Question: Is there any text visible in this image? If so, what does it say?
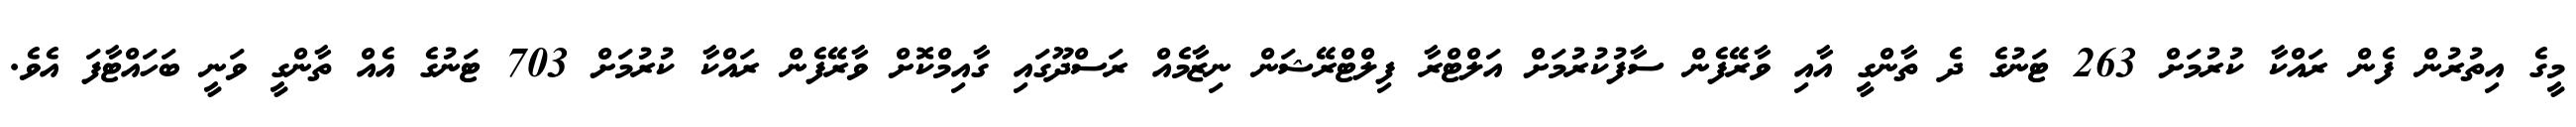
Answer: މީގެ އިތުރުން ފެން ރައްކާ ކުރުމަށް 263 ޓަނުގެ ދެ ތާންގީ އާއި ވާރޭފެން ސާފުކުރުމަށް އަލްޓްރާ ފިލްޓްރޭޝަން ނިޒާމެއް ރަސްދޫގައި ގާއިމްކޮށް ވާރޭފެން ރައްކާ ކުރުމަށް 703 ޓަނުގެ އެއް ތާންގީ ވަނީ ބަހައްޓާފަ އެވެ.